Vaccination in Bombay 1889-1901 - 1889-1901
Year: 1889
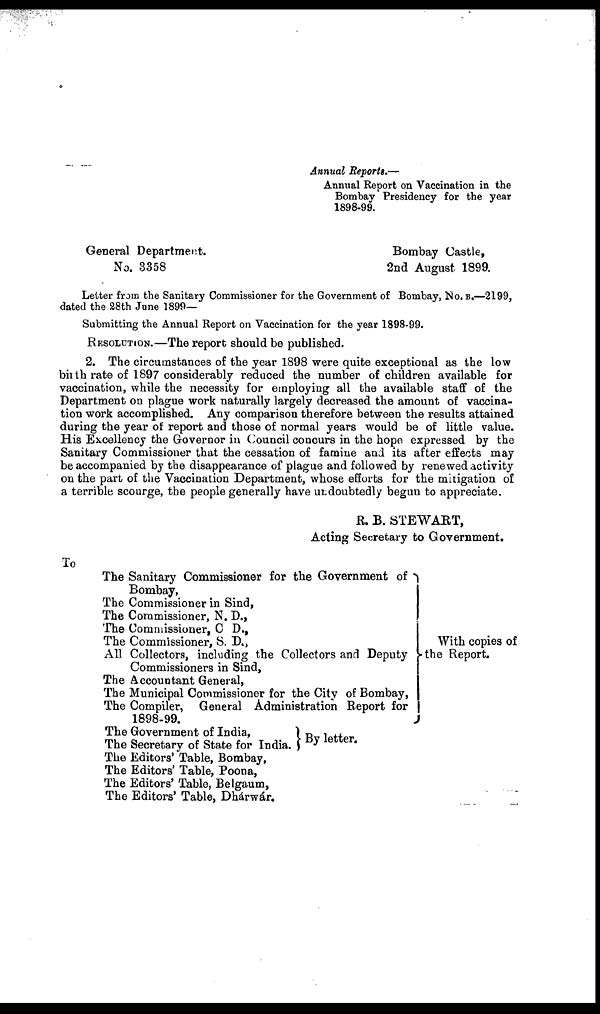
Annual Reports.—
Annual Report on Vaccination in the
Bombay Presidency for the year
1898-99.
General Department.
No. 3358
Bombay Castle,
2nd August 1899.
Letter from the Sanitary Commissioner for the Government of Bombay, No. B.—2199,
dated the 28th June 1899—
Submitting the Annual Report on Vaccination for the year 1898-99.
RESOLUTION.—The report should be published.
2. The circumstances of the year 1898 were quite exceptional as the low
birth rate of 1897 considerably reduced the number of children available for
vaccination, while the necessity for employing all the available staff of the
Department on plague work naturally largely decreased the amount of vaccina-
tion work accomplished. Any comparison therefore between the results attained
during the year of report and those of normal years would be of little value.
His Excellency the Governor in Council concurs in the hope expressed by the
Sanitary Commissioner that the cessation of famine and its after effects may
be accompanied by the disappearance of plague and followed by renewed activity
on the part of the Vaccination Department, whose efforts for the mitigation of
a terrible scourge, the people generally have undoubtedly begun to appreciate.
R. B. STEWART,
Acting Secretary to Government.
To
The Sanitary Commissioner for the Government of
Bombay,
The Commissioner in Sind,
The Commissioner, N. D.,
The Commissioner, C D.,
The Commissioner, S. D.,
All Collectors, including the Collectors and Deputy
Commissioners in Sind,
The Accountant General,
The Municipal Commissioner for the City of Bombay,
The Compiler, General Administration Report for
1898-99.
The Government of India,
The Secretary of State for India.
The Editors' Table, Bombay,
The Editors' Table, Poona,
The Editors' Table, Belgaum,
The Editors' Table, Dhárwár.
With copies of
-the Report.
By letter.